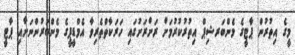
މީގެ އިތުރުން ޕާޓީގެ މެންބަރޝިޕް އިތުރުކުރުމަށް ރަށްރަށުގައި ހަރަކާތްތެރިވާ އެމްޑީޕީގެ މެންބަރުންނަށާއި ޕާޓީ